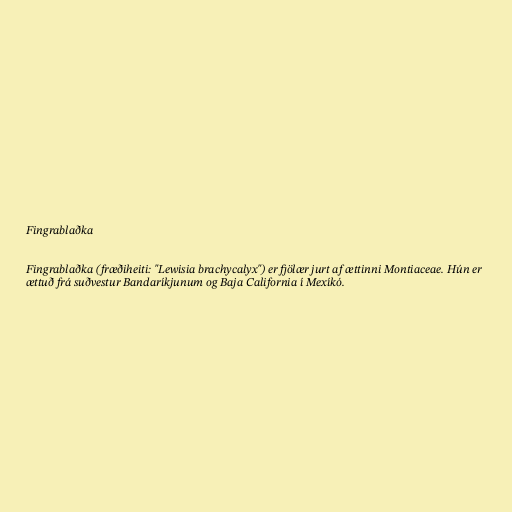
Fingrablaðka

Fingrablaðka (fræðiheiti: "Lewisia brachycalyx") er fjölær jurt af ættinni Montiaceae. Hún er
ættuð frá suðvestur Bandaríkjunum og Baja California í Mexíkó.